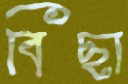
বিছা